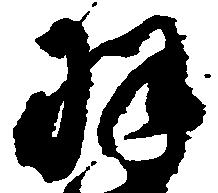
羽